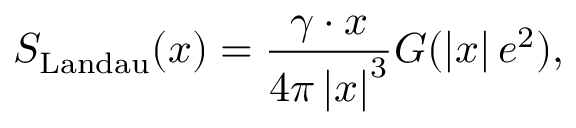
S _ { \mathrm { L a n d a u } } ( x ) = \frac { \gamma \cdot x } { 4 \pi \left| x \right| ^ { 3 } } G ( \left| x \right| e ^ { 2 } ) ,